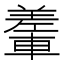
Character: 䡨